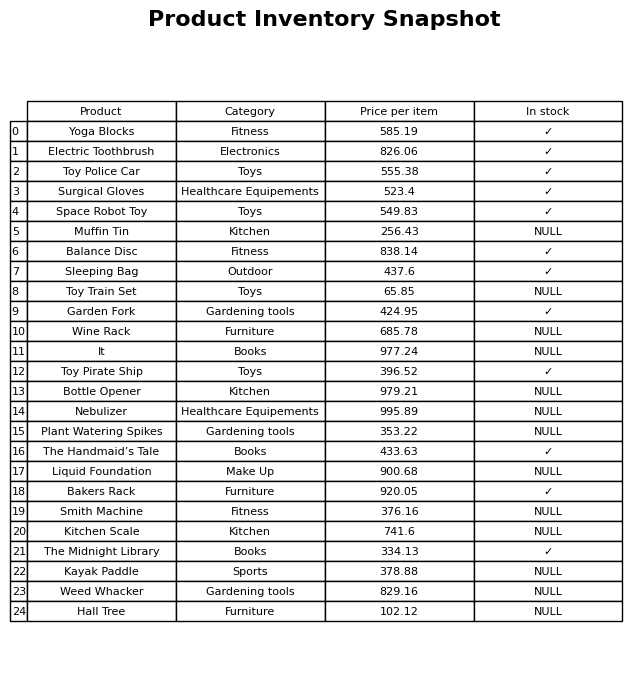
question: What is the price of the Bottle Opener?
answer: The price of Bottle Opener is 979.21.